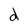
Character: d